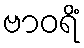
ဗာဝရိံ